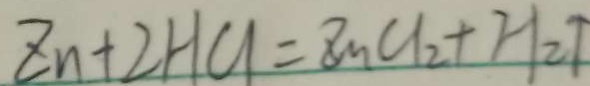
z n + 2 H C l = z n C l _ { 2 } + H _ { 2 } \uparrow